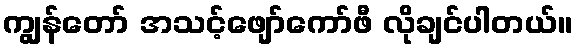
ကျွန်တော် အသင့်ဖျော်ကော်ဖီ လိုချင်ပါတယ်။